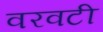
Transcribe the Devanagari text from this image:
वरवटी